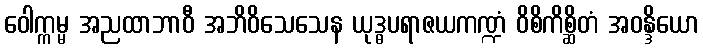
ဝေါက္ကမ္မ အညထာဘာဝီ အဘိဝိသေသေန ယုဒ္ဓပရာဇယကဏ္ဍံ ဝိစိကိစ္ဆိတံ အဝန္ဒိယော